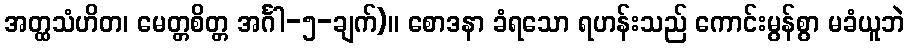
အတ္ထသံဟိတ၊ မေတ္တစိတ္တ အင်္ဂါ-၅-ချက်)။ စောဒနာ ခံရသော ရဟန်းသည် ကောင်းမွန်စွာ မခံယူဘဲ